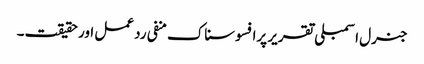
جنرل اسمبلی تقریر پرافسوسناک منفی رد عمل اور حقیقت۔